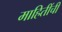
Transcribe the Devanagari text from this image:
माहितींची